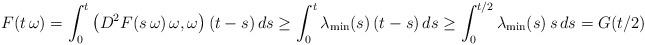
LaTeX: \begin{align*}F(t\, \omega)=\int_0^{t}\left(D^2F(s\, \omega) \, \omega, \omega\right)(t-s)\, ds\ge \int_0^{t}\lambda_{\rm min}(s)\, (t-s)\, ds\ge \int_0^{t/2}\lambda_{\rm min}(s)\, s\, ds=G(t/2)\end{align*}